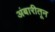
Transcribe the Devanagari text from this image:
अंबारीतून